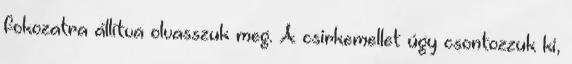
fokozatra állítva olvasszuk meg. A csirkemellet úgy csontozzuk ki,